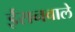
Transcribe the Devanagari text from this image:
ईरानवाले